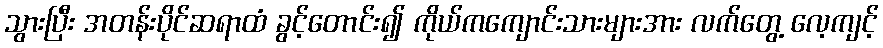
သွားပြီး အတန်းပိုင်ဆရာထံ ခွင့်တောင်း၍ ကိုယ်ကကျောင်းသားများအား လက်တွေ့ လေ့ကျင့်